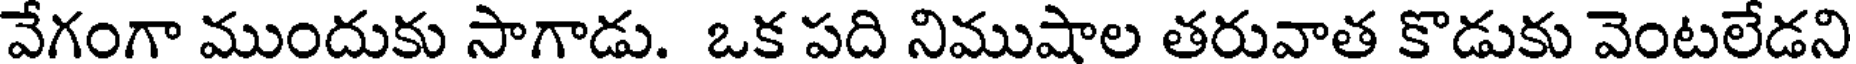
వేగంగా ముందుకు సాగాడు. ఒక పది నిముషాల తరువాత కొడుకు వెంటలేడని